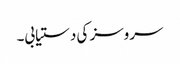
سروسز کی دستیابی۔